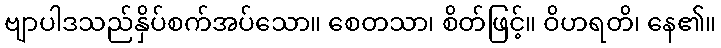
ဗျာပါဒသည်နှိပ်စက်အပ်သော။ စေတသာ၊ စိတ်ဖြင့်။ ဝိဟရတိ၊ နေ၏။